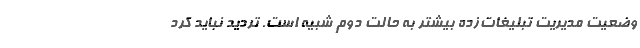
وضعیت مدیریت تبلیغات‌زده بیشتر به حالت دوم شبیه است. تردید نباید كرد